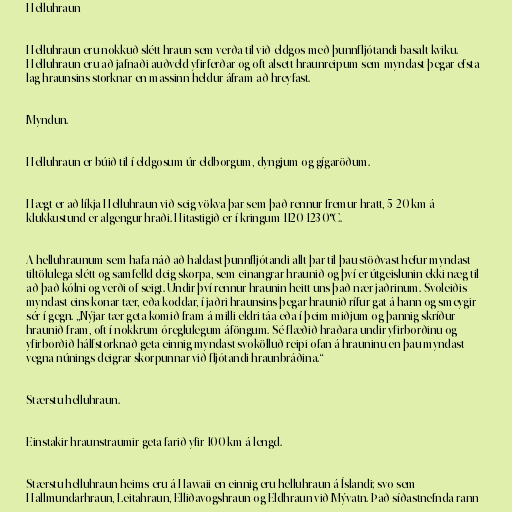
Helluhraun

Helluhraun eru nokkuð slétt hraun sem verða til við eldgos með þunnfljótandi basalt-kviku.
Helluhraun eru að jafnaði auðveld yfirferðar og oft alsett hraunreipum sem myndast þegar efsta
lag hraunsins storknar en massinn heldur áfram að hreyfast.

Myndun.

Helluhraun er búið til í eldgosum úr eldborgum, dyngjum og gígaröðum.

Hægt er að líkja Helluhraun við seig vökva þar sem það rennur fremur hratt, 5-20 km á
klukkustund er algengur hraði. Hitastigið er í kringum 1120-1230°C.

A helluhraunum sem hafa náð að haldast þunnfljótandi allt þar til þau stöðvast hefur myndast
tiltölulega slétt og samfelld deig skorpa, sem einangrar hraunið og því er útgeislunin ekki næg til
að það kólni og verði of seigt. Undir því rennur hraunin heitt uns það nær jaðrinum. Svoleiðis
myndast eins konar tær, eða koddar, í jaðri hraunsins þegar hraunið rífur gat á hann og smeygir
sér í gegn. „Nýjar tær geta komið fram á milli eldri táa eða í þeim miðjum og þannig skríður
hraunið fram, oft í nokkrum óreglulegum áföngum. Sé flæðið hraðara undir yfirborðinu og
yfirborðið hálfstorknað geta einnig myndast svokölluð reipi ofan á hrauninu en þau myndast
vegna núnings deigrar skorpunnar við fljótandi hraunbráðina.“

Stærstu helluhraun.

Einstakir hraunstraumir geta farið yfir 100 km á lengd.

Stærstu helluhraun heims eru á Hawaii en einnig eru helluhraun á Íslandi; svo sem
Hallmundarhraun, Leitahraun, Elliðavogshraun og Eldhraun við Mývatn. Það síðastnefnda rann